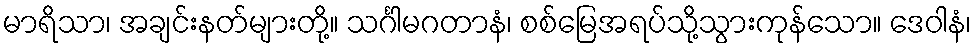
မာရိသာ၊ အချင်းနတ်များတို့။ သင်္ဂါမဂတာနံ၊ စစ်မြေအရပ်သို့သွားကုန်သော။ ဒေဝါနံ၊